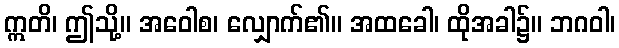
ဣတိ၊ ဤသို့။ အဝေါစ၊ လျှောက်၏။ အထခေါ၊ ထိုအခါ၌။ ဘဂဝါ၊